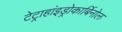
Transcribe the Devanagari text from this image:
टेट्राहांइड्रोकार्बिनोल